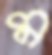
ম